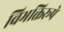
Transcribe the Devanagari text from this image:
विभक्तिरूपे